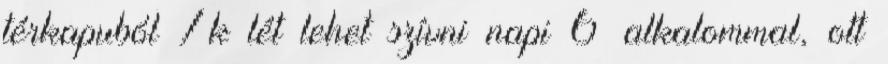
térkapuból 7k lét lehet szívni napi 6 alkalommal, ott